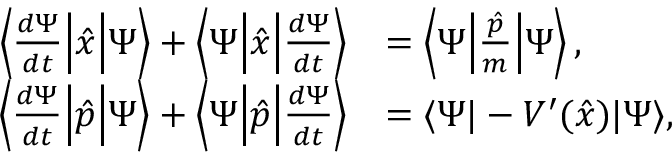
{ \begin{array} { r l } { \left\langle { \frac { d \Psi } { d t } } { \Big | } { \hat { x } } { \Big | } \Psi \right\rangle + \left\langle \Psi { \Big | } { \hat { x } } { \Big | } { \frac { d \Psi } { d t } } \right\rangle } & { = \left\langle \Psi { \Big | } { \frac { \hat { p } } { m } } { \Big | } \Psi \right\rangle , } \\ { \left\langle { \frac { d \Psi } { d t } } { \Big | } { \hat { p } } { \Big | } \Psi \right\rangle + \left\langle \Psi { \Big | } { \hat { p } } { \Big | } { \frac { d \Psi } { d t } } \right\rangle } & { = \langle \Psi | - V ^ { \prime } ( { \hat { x } } ) | \Psi \rangle , } \end{array} }